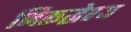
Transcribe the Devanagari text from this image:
निरूद्धेश्य